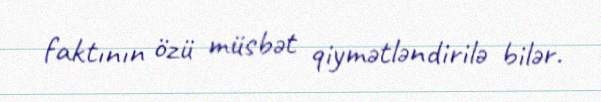
faktının özü müsbət qiymətləndirilə bilər.